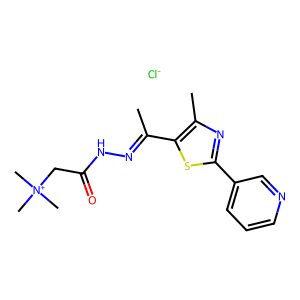
SMILES: CC(=NNC(=O)C[N+](C)(C)C)c1sc(-c2cccnc2)nc1C.[Cl-]
Inhibits HIV replication: No